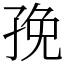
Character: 㝃